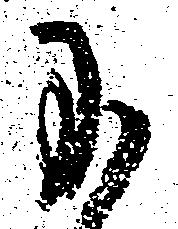
に